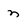
Character: n